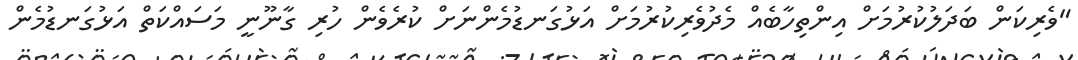
"ވެރިކަން ބަދަލުކުރުމަށް އިންތިހާބެއް މެދުވެރިކުރުމަށް އަޅުގަނޑުމެންނަށް ކުރެވެން ހުރި ގާނޫނީ މަސައްކަތް އަޅުގަނޑުމެން